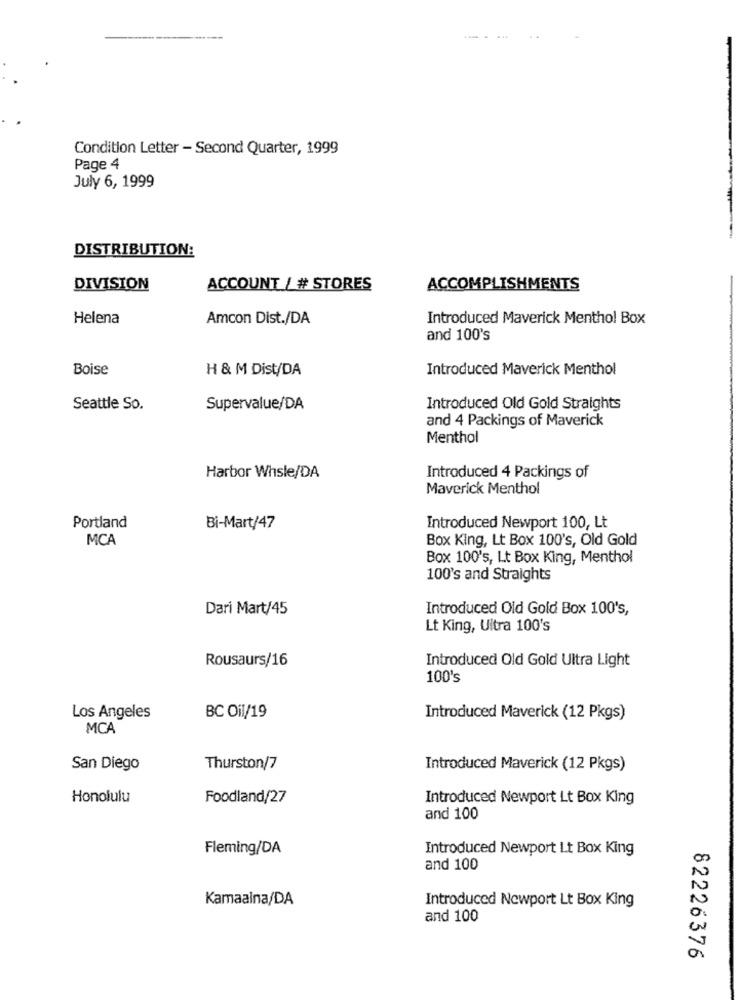
Condition Letter - Second Quarter, 1999
Page 4
July 6, 1999
-
DISTRIBUTION:
DIVISION
ACCOUNT / # STORES
ACCOMPLISHMENTS
Helena
Amcon Dist./DA
Introduced Maverick Menthol Box
and 100's
Boise
H & M Dist/DA
Introduced Maverick Menthol
Seattle So.
Supervalue/DA
Introduced Old Gold Straights
and 4 Packings of Maverick
Menthol
Harbor Whsle/DA
Introduced 4 Packings of
Maverick Menthol
Portland
Bi-Mart/47
Introduced Newport 100, Lt
MCA
Box King, Lt Box 100's, Old Gold
Box 100's, Lt Box King, Menthol
100's and Straights
Dari Mart/45
Introduced Old Gold Box 100's,
Lt King, Ultra 100's
Rousaurs/16
Introduced Old Gold Ultra Light
100's
Los Angeles
BC Oil/19
Introduced Maverick (12 Pkgs)
MCA
San Diego
Thurston/7
Introduced Maverick (12 Pkgs)
Honolulu
Foodland/27
Introduced Newport Lt Box King
and 100
Fleming/DA
Introduced Newport Lt Box King
and 100
Kamaaina/DA
Introduced Newport Lt Box King
and 100
82226376